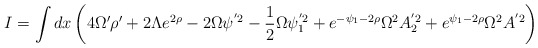
\begin{align*}I=\int dx \left( 4\Omega' \rho' +2\Lambda e^{2\rho} -2\Omega \psi^{'2}-\frac{1}{2}\Omega \psi_1^{'2}+e^{-\psi_1-2\rho}\Omega^2 A_2^{'2}+e^{\psi_1-2\rho}\Omega^2 A^{'2} \right)\end{align*}